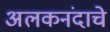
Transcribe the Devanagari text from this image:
अलकनंदाचे